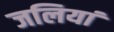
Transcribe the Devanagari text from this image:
जलियां